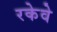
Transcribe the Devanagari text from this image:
रकेवे